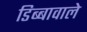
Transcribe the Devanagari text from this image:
डिब्बावाले